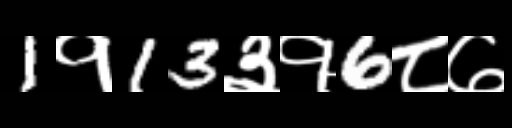
Text: 1१13३१6८७